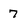
Character: 7